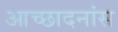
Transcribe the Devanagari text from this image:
आच्छादनांस